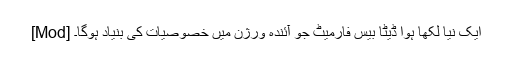
[Mod] ایک نیا لکھا ہوا ڈیٹا بیس فارمیٹ جو آئندہ ورژن میں خصوصیات کی بنیاد ہوگا۔